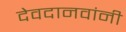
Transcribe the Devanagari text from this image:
देवदानवांनी